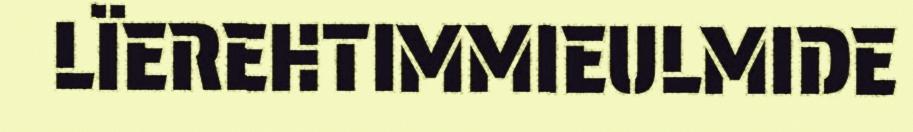
LÏEREHTIMMIEULMIDE